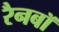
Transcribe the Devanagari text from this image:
रैनबॉ